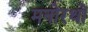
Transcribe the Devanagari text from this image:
मनोरथों